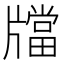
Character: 𤗾